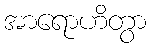
အာရောဟိတွာ